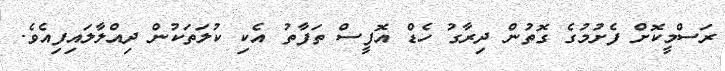
ރަސްމީކޮށް ފެށުމުގެ ގޮތުން ދިރާގު ހެޑް އޮފީސް ތަފާތު އެކި ކުލަތަކުން ދިއްލާލައިފިއެވެ.